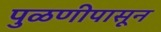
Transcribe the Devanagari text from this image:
पुळणीपासून